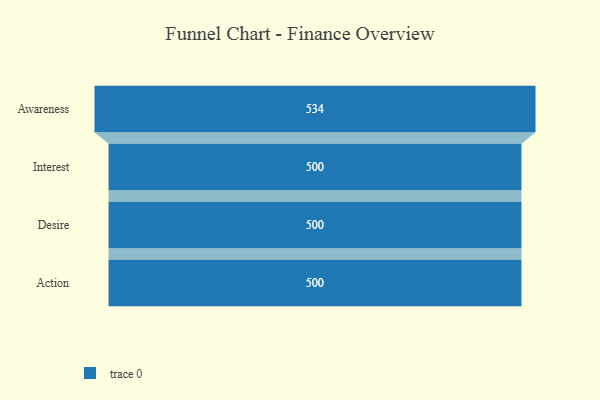
{"axis": {"x": "Stage", "y": "Value"}, "legend": [""], "data": [{"x": "Awareness", "y": 534.0, "type": ""}, {"x": "Interest", "y": 500, "type": ""}, {"x": "Desire", "y": 500, "type": ""}, {"x": "Action", "y": 500, "type": ""}]}